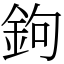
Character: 鉤